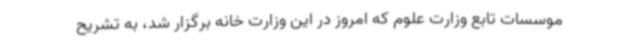
موسسات تابع وزارت علوم که امروز در این وزارت خانه برگزار شد، به تشریح